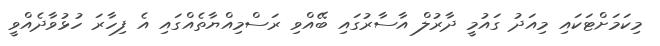
މިކަމަށްޓަަކައި މިއަދު ގައުމީ ދާރުލް އާސާރުގައި ބޭއްވި ރަސްމިއްްޔާތެއްގައި އެ ފިހާރަ ހުޅުވާދެއްވީ